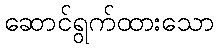
ဆောင်ရွက်ထားသော